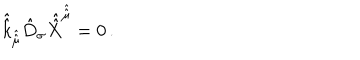
\hat { \hat { k } } _ { \hat { \hat { \mu } } } \hat { D } _ { \sigma } \hat { \hat { X } } ^ { \hat { \hat { \mu } } } = 0 \, .